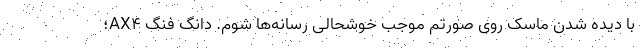
با دیده شدن ماسک روی صورتم موجب خوشحالی رسانه‌ها شوم. دانگ فنگ AX4؛